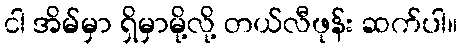
ငါ အိမ်မှာ ရှိမှာမို့လို့ တယ်လီဖုန်း ဆက်ပါ။